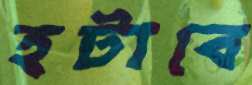
হটাবে